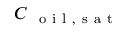
C _ { \mathrm { ~ { ~ o ~ i ~ l ~ , ~ s ~ a ~ t ~ } ~ } }